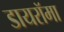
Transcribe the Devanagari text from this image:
डायरॉमा